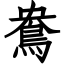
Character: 鴦